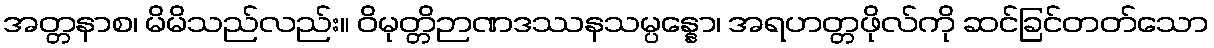
အတ္တနာစ၊ မိမိသည်လည်း။ ဝိမုတ္တိဉာဏဒဿနသမ္ပန္နော၊ အရဟတ္တဖိုလ်ကို ဆင်ခြင်တတ်သော